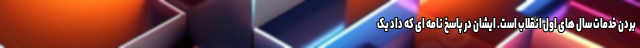
بردن خدمات سال های اول انقلاب است. ایشان در پاسخ نامه ای که داد یک